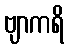
ဗျာကရိ